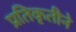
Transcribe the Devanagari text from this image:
प्रतिकृतीने